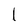
Character: l